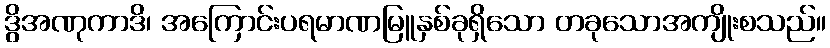
ဒွိအဏုကာဒိ၊ အကြောင်းပရမာဏမြူနှစ်ခုရှိသော တခုသောအကျိုးစသည်။